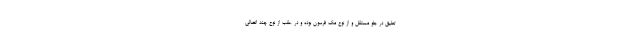
تعلیق در جلو مستقل و از نوع مک فرسون بوده و در عقب از نوع چند اتصالی